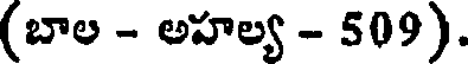
(బాల - అహల్య - 509).